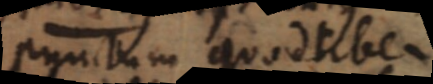
punctum quodlibet